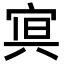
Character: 𭓿